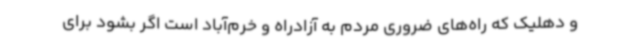
و دهلیک که راه‌های ضروری مردم به آزادراه و خرم‌آباد است اگر بشود برای